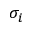
\sigma _ { i }